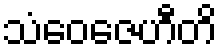
သံဝေဇေဟီတိ